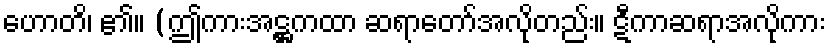
ဟောတိ၊ ၏။ (ဤကားအဋ္ဌကထာ ဆရာတော်အလိုတည်း။ ဋီကာဆရာအလိုကား